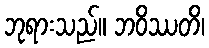
ဘုရားသည်။ ဘဝိဿတိ၊